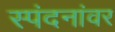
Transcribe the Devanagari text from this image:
स्पंदनांवर